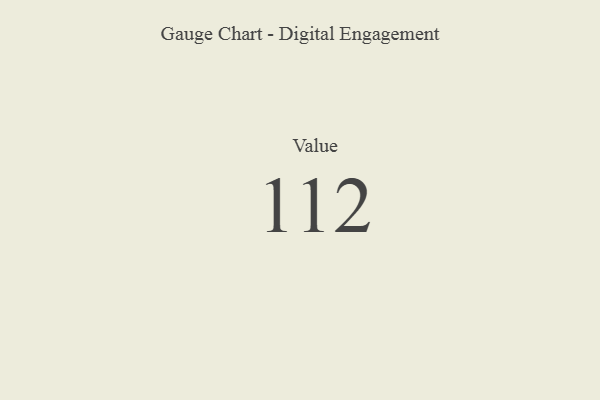
{"axis": {"x": "Metric", "y": "Value"}, "legend": [""], "data": [{"x": "Value", "y": 112, "type": ""}]}